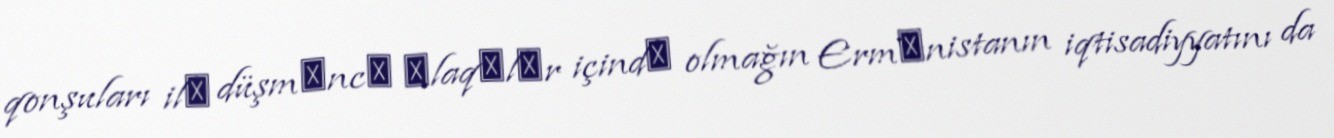
qonşuları ilǝ düşmǝncǝ ǝlaqǝlǝr içindǝ olmağın Ermǝnistanın iqtisadiyyatını da